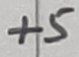
Text: +5